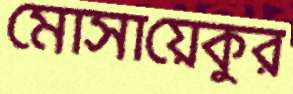
মোসায়েকুর